Annual report of the Imperial Bacteriological Laboratory, Muktesar
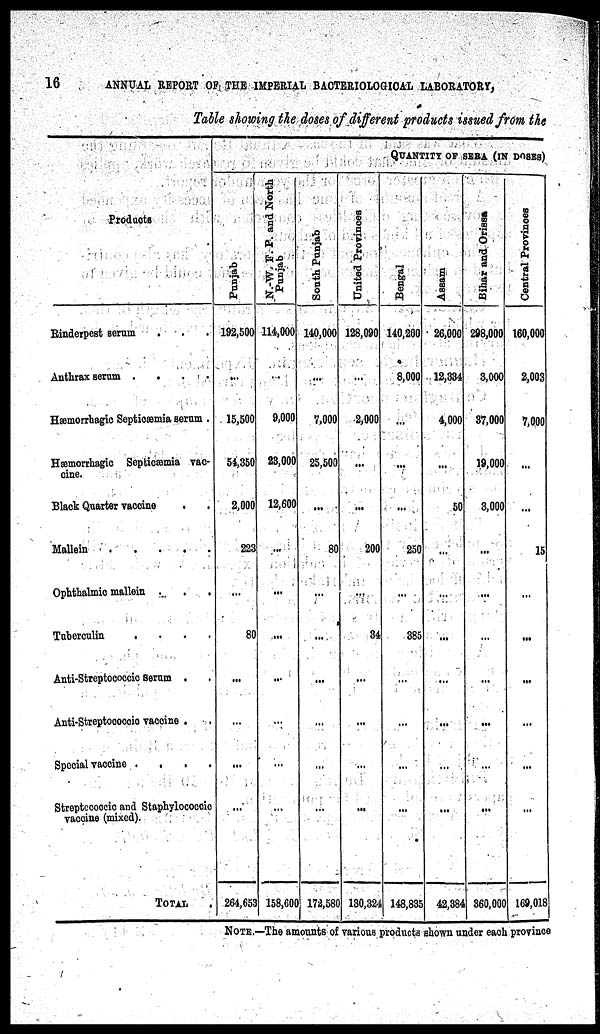
16
ANNUAL REPORT OF THE IMPERIAL BACTERIOLOGICAL LABORATORY,
Table showing the doses of different products issued from the
Products
Rinderpest serum
Anthrax serum .
Hæmorrhagic Septicæmia serum .
Hæmorrhagic Septicæmia vac-
cine.
Black Quarter vaccine
Mallein
Ophthalmic mallein .
Tuberculin
.
.
.
.
Anti-Streptococcic serum .
Anti-Streptococcic vaccine .
Special vaccine
.
.
Streptccoccic and Staphylococcic
vaccine (mixed).
TOTAL
Punjab
192,500
...
15,500
54,350
2,000
223
...
80
...
...
...
264,653
N.-W. F. P. and North
Punjab
114,000
...
9,000
23,000
12,600
...
...
...
...
...
...
158,600
QUANTITY OF SERA (IN DOSES)
South Punjab
140,000
...
7,000
25,500
...
80
...
...
...
...
...
...
172,580
United Provinces
128,090
...
2,000
...
...
200
...
34
...
...
...
...
130,324
Bengal
140,200
8,000
...
...
...
250
...
385
...
...
...
...
148,835
Assam
26,000
12,334
4,000
...
50
...
...
...
...
...
...
...
42,384
Bihar and Orissa
298,000
3,000
37,000
19,000
3,000
...
...
...
...
...
...
...
360,000
Central Provinces
160,000
2,003
7,000
...
...
15
...
...
...
...
...
...
169,018
...
NOTE.—The amounts of various products shown under each province